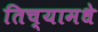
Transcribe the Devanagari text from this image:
तिच्यामधे